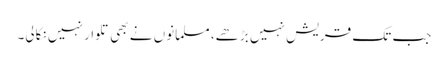
جب تک قریش نہیں بڑھے، مسلمانوں نے بھی تلوار نہیں نکالی۔